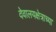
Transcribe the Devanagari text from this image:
देवालयक्षेत्राच्या